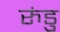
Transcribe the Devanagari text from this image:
रुंडु